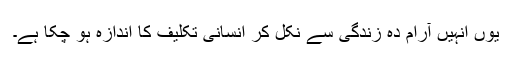
یوں انہیں آرام دہ زندگی سے نکل کر انسانی تکلیف کا اندازہ ہو چکا ہے۔